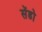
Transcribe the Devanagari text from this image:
सेंडो